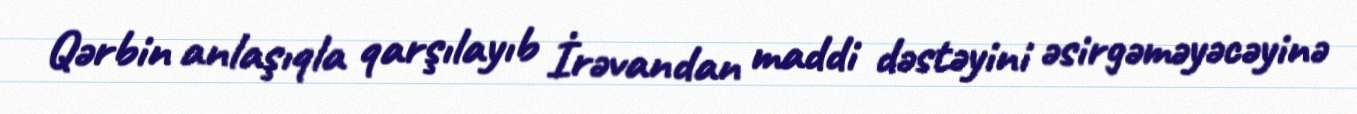
Qərbin anlaşıqla qarşılayıb İrəvandan maddi dəstəyini əsirgəməyəcəyinə